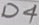
Text: D4